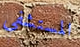
المستشفي